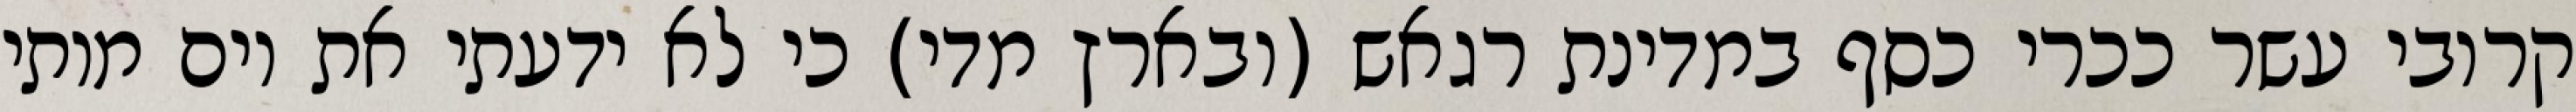
קרובי עשר ככרי כסף במדינת רגאש (ובארץ מדי) כי לא ידעתי את יום מותי